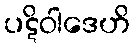
ပဋိဝါဒေဟိ